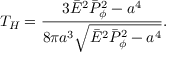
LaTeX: T _ { H } = { \frac { 3 \bar { \cal E } ^ { 2 } \bar { \cal P } _ { \phi } ^ { 2 } - a ^ { 4 } } { 8 \pi a ^ { 3 } \sqrt { \bar { \cal E } ^ { 2 } \bar { \cal P } _ { \phi } ^ { 2 } - a ^ { 4 } } } } .